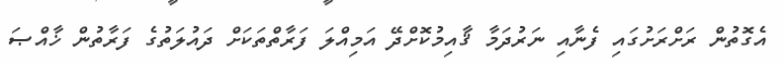
އެގޮތުން ރަށްރަށުގައި ފެނާއި ނަރުދަމާ ޤާއިމުކޮށްދޭ އަމިއްލަ ފަރާތްތަކަށް ދައުލަތުގެ ފަރާތުން ޚާއްޞަ